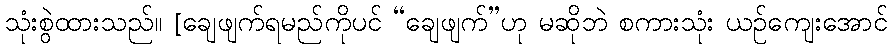
သုံးစွဲထားသည်။ [ချေဖျက်ရမည်ကိုပင် “ချေဖျက်”ဟု မဆိုဘဲ စကားသုံး ယဉ်ကျေးအောင်